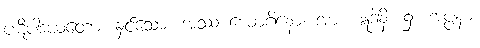
ပဋိပါဒယတော၊ နှင်သော။ အဿ ယောဂိနော၊ အား။ ဣဒါနိ၊ ၌။ အပ္ပနာ၊